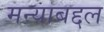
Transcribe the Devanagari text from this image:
मन्याबद्दल